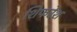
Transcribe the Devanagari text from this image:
शिफरेश